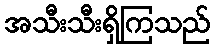
အသီးသီးရှိကြသည်